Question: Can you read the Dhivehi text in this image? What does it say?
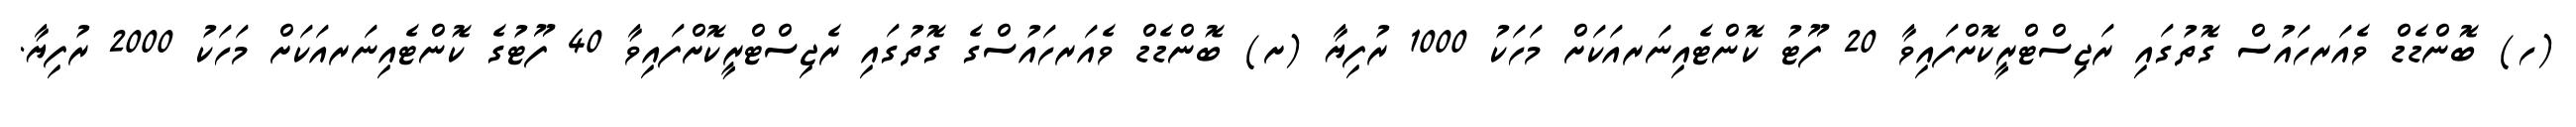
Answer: (ހ) ބޮންޑެޑް ވެއަރހައުސް ގޮތުގައި ރަޖިސްޓްރީކޮށްފައިވާ 20 ފޫޓު ކޮންޓެއިނަރއަކަށް މަހަކު 1000 ރުފިޔާ (ށ) ބޮންޑެޑް ވެއަރހައުސްގެ ގޮތުގައި ރެޖިސްޓްރީކޮށްފައިވާ 40 ފޫޓުގެ ކޮންޓެއިނަރއަކަށް މަހަކު 2000 ރުފިޔާ.